Leaving Certificate Examination, 1924
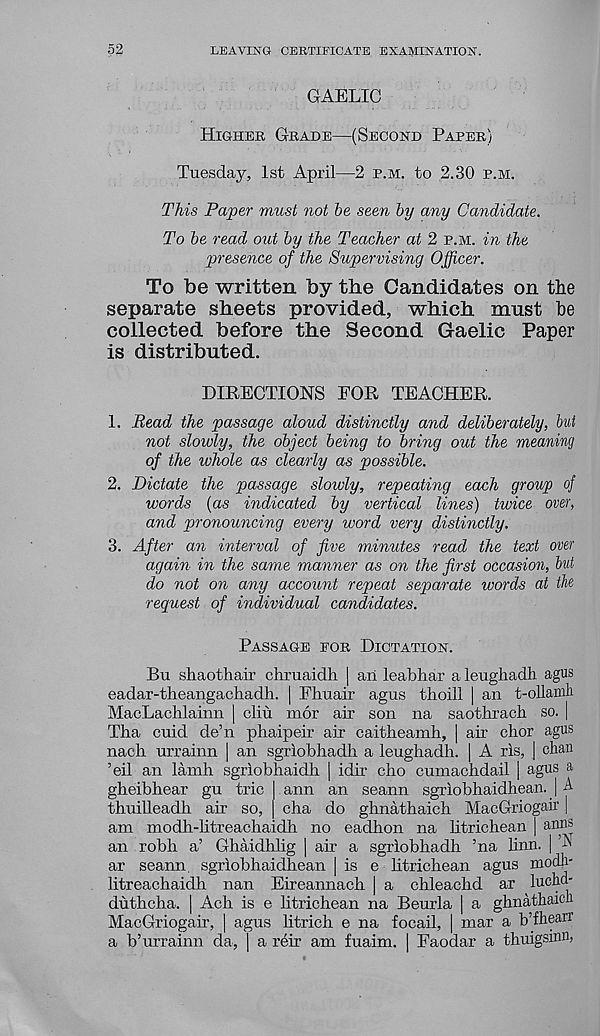
52
LEAVING CERTIFICATE EXAMINATION.
GAELIC
Higher Grade—(Second Paper)
Tuesday, 1st April—2 p.m. to 2.30 p.m.
This Paper must not be seen by any Candidate.
To be read out by the Teacher at 2 p.m. in the
presence of the Supervising Officer.
To be written by the Candidates on the
separate sheets provided, which must he
collected before the Second Gaelic Paper
is distributed.
DIRECTIONS FOR TEACHER.
1. Bead the passage aloud distinctly and deliberately, but
not slowly, the object being to bring out the meaning
of the whole as clearly as possible.
2. Dictate the passage slowly, repeating each group of
words (as indicated by vertical lines) twice over,
and pronouncing every word very distinctly.
3. After an interval of five minutes read the text over
again in the same manner as on the first occasion, but
do not on any account repeat separate words at the
request of individual candidates.
Passage for Dictation.
Bu shaothair chruaidh | aii leabhar a leughadh agus
eadar-theangachadh. | Fhuair agus thoill | an t-ollamh
MacLachlainn | cliu mor air son na saothrach so. |
Tha cuid de’n phaipeir air caitheamh, | air chor agus
nach urrainn | an sgriobhadh a leughadh. | A ris, | chan
’eil an lamb sgriobhaidh | idir cho cumachdail | agus a
gheibhear gu trie
thuilleadh air so,
ann an seann sgriobhaidhean. | A
cha do ghnathaich MacGriogair |
am modh-litreachaidh no eadhon na Iltricliean | anns
an robh a’ Ghaidhlig | air a sgriobhadh ’na linn. | A
ar seann. sgriobliaidhean | is e litrichean agus modh-
litreachaidh nan Eireannach | a chleaclid ar luchcl-
duthcha. | Ach is e litrichean na Beurla | a ghnathaicn
MacGriogair, | agus litrich e na focail, | mar a b’fhearr
a b’urrainn da, I a reir am fuaim. I Faodar a thuigsinn,